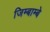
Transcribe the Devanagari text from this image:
जिम्बाम्बे